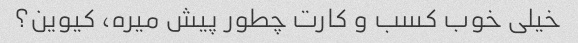
خیلی خوب کسب و کارت چطور پیش میره، کیوین؟